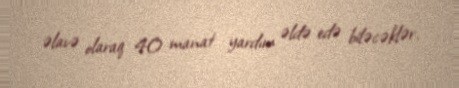
əlavə olaraq 40 manat yardım əldə edə biləcəklər.